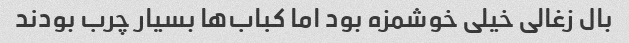
بال زغالی خیلی خوشمزه بود اما کباب‌ها بسیار چرب بودند